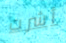
أشرت